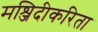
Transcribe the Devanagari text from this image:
मश्जिदीकरिता